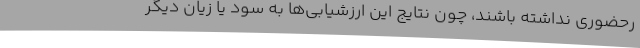
رحضوری نداشته باشند، چون نتایج این ارزشیابی‌ها به سود یا زیان دیگر